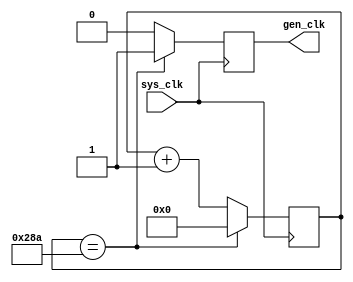
module baudgen(sys_clk,gen_clk);
input sys_clk;
output gen_clk;
reg [9:0] counter;
reg gen;
assign gen_clk = gen;

initial begin
    counter<=10'd0;
end

always @(posedge sys_clk) begin
  case (counter)
    10'd650: begin
      counter<=10'd0;
      gen <= 1'b1;
    end
    default: begin
      counter <= counter+10'd1;
      gen <= 1'b0;
    end
  endcase
end
endmodule